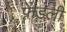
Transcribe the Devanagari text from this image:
फ़्रेंडली